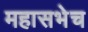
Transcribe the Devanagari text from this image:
महासभेच